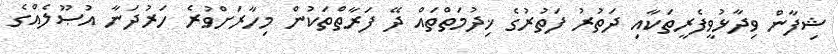
ޝިފާން ވިދާޅުވީފެރީތަކާއި ދަތުރު ފަތުރުގެ ޚިދުމަތްތައް ދޭ ފަރާތްތަކުން މިހާރަށްވުރެ ހަރުދަނާ އުޞޫލެއްގެ